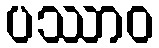
ပဿာဝ